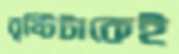
বৃষ্টিটাকেই